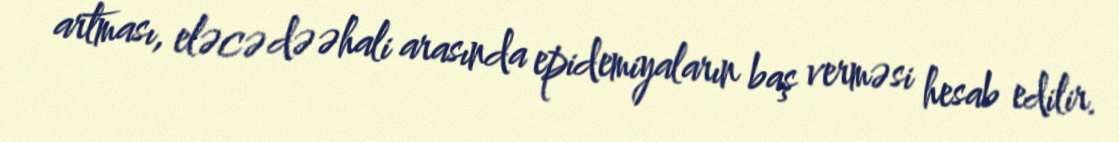
artması, eləcə də əhali arasında epidemiyaların baş verməsi hesab edilir.